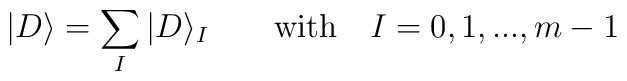
|D\rangle = \sum_I |D\rangle_I \qquad \mbox{with}\quad I=0,1,..., m-1